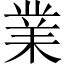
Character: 業